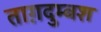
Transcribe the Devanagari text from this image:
ताग़दुम्बश